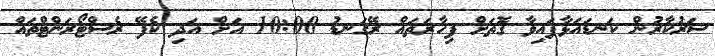
ސަރުކާރުން ކަނޑައަޅާފައިވާ ގޮތަށް ފިހާރަތައް ރޭގަނޑު 10:00 އަށް އަދި ކެފޭ ރެސްޓޯރަންޓްތައް